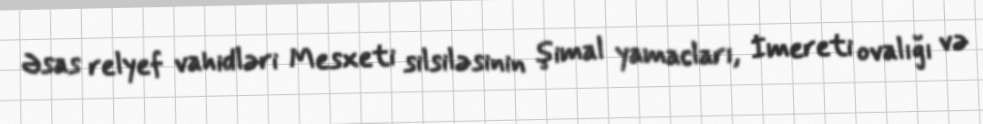
Əsas relyef vahidləri Mesxeti silsiləsinin şimal yamacları, İmereti ovalığı və